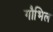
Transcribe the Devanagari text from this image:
गौभिल